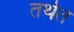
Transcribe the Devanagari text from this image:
तथेत